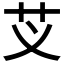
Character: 𮶝